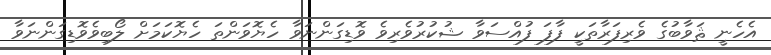
އެހެނީ ޘަވާބުގެ ވެރިފަރާތަކީ ފާފަ ފުއްސަވާ ޝުކުރުވެރިވެ ވޮޑިގަންނަވާ ހެޔޮވަންތަ ހެޔޮކަމަށް ލޯބިވެވޮޑިގަންނަވާ